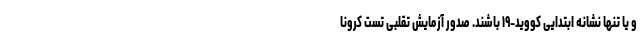
و یا تنها نشانه ابتدایی کووید-۱۹ باشند. صدور آزمایش تقلبی تست کرونا